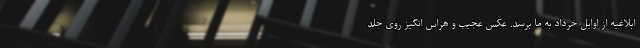
ابلاغیه از اوایل خرداد به ما برسد. عکس عجیب و هراس انگیز روی جلد